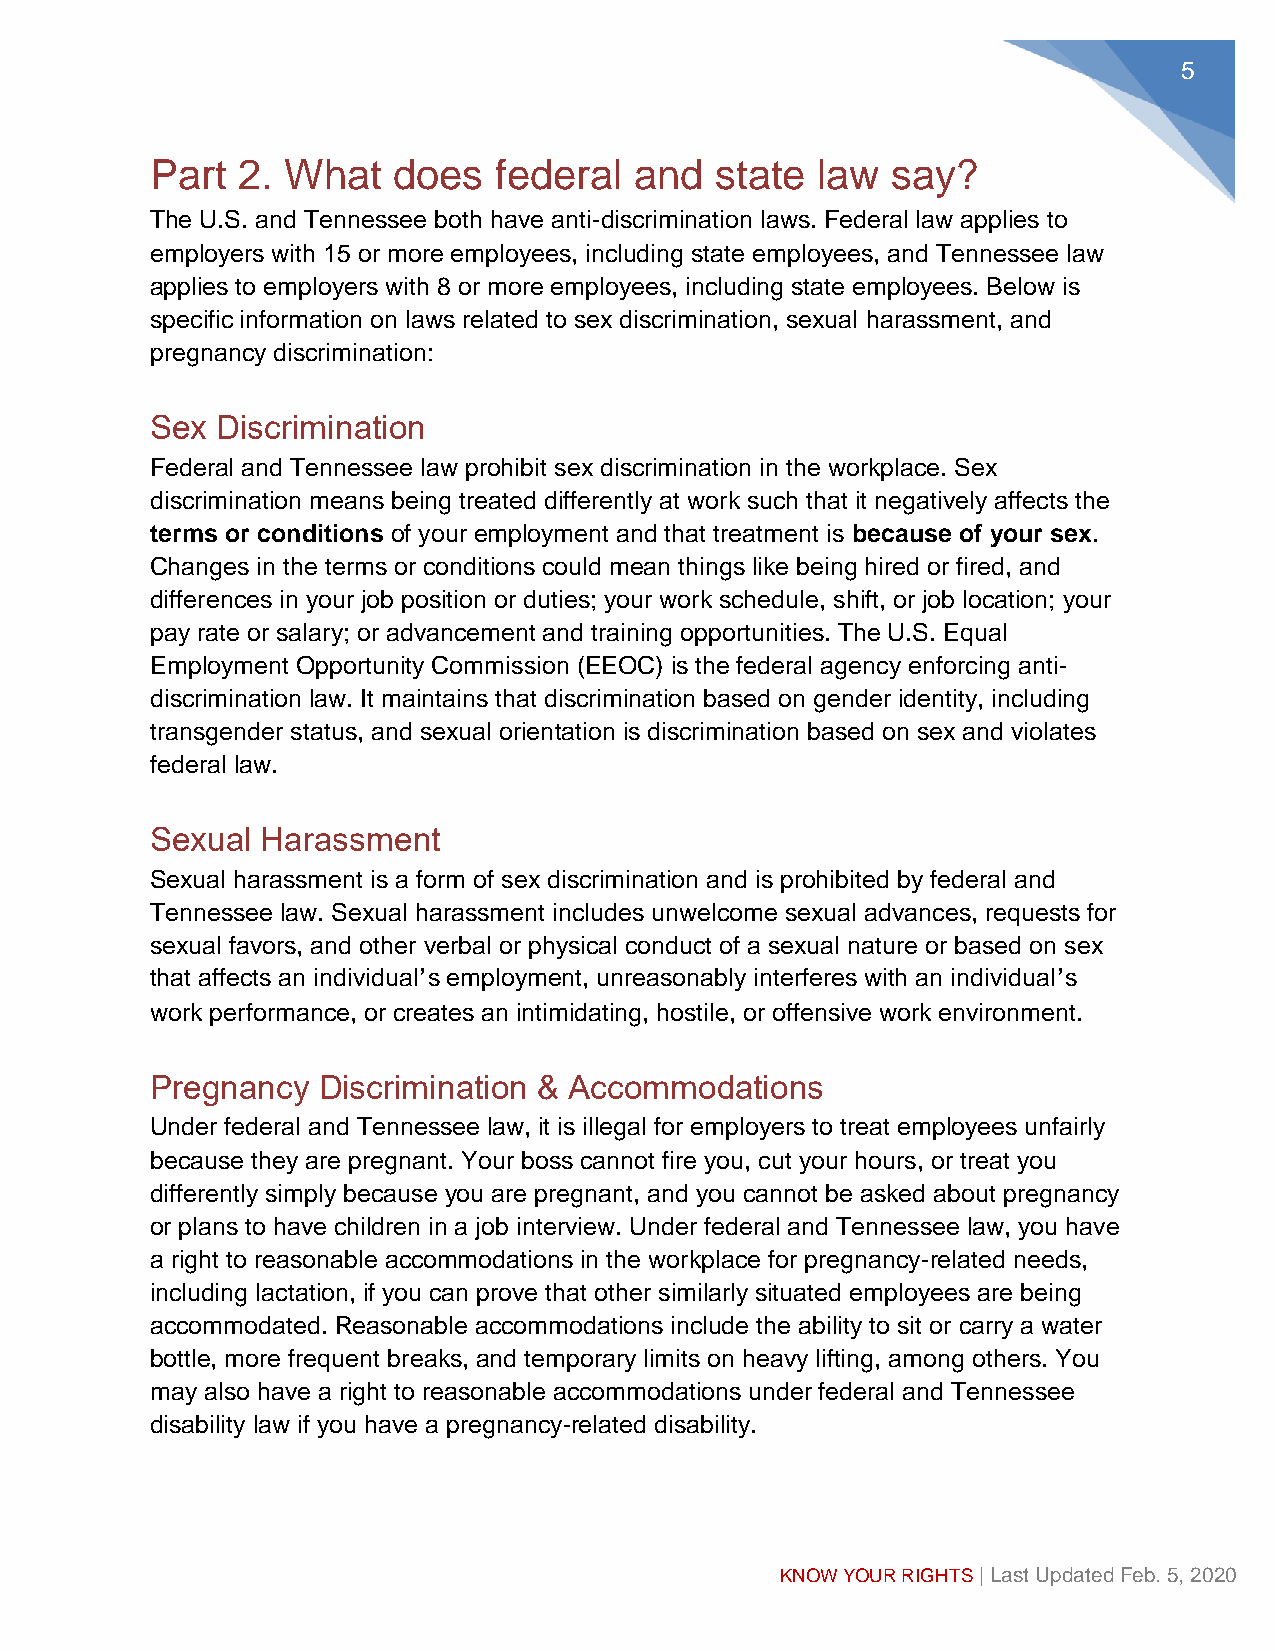
6
 Pumping  at Work
 Under Tennessee law, you are entitled to reasonable break time to express milk during
 the workday, unless it would unduly disrupt your employer’s operations. Your employer
 must also make reasonable efforts to provide you with a private space that is close to
 your work area, other than a toilet stall, where you can express milk. Federal law also
 provides a right to break time and space to pump for certain employees.
 Digital Know-Your-Rights Resources
 Our online resources provide more information about the laws available to help you
 succeed at work while caring for your family. You can be your own best advocate in the
 workplace, and we are here to help. For more Tennessee-specific information, visit
 www.babygate.abetterbalance.org/tennessee.